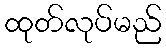
ထုတ်လုပ်မည်